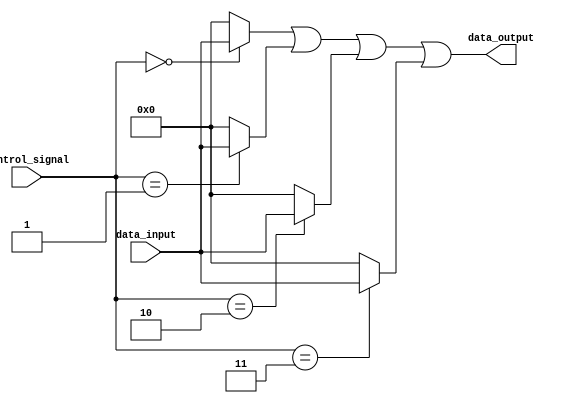
module array_continuous_assignment (
    input wire [3:0] control_signal, // 4-bit control signal to determine assignments
    input wire [7:0] data_input,     // 8-bit data input
    output wire [7:0] data_output     // 8-bit data output
);

// Array declaration
reg [7:0] data_array [0:3]; // An array of 4 elements, each 8 bits wide

// Continuous assignment using a generate block
genvar i;
generate
    for (i = 0; i < 4; i = i + 1) begin : array_assignment
        assign data_array[i] = (control_signal == i) ? data_input : 8'b0; // Assign data_input based on control_signal
    end
endgenerate

// Driving output signal based on array contents
assign data_output = data_array[0] | data_array[1] | data_array[2] | data_array[3]; // Combine all elements for output

endmodule